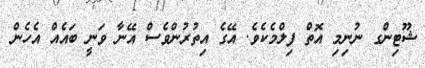
ޝޫޓިންގ ނުނިމި އޮތް ފިލްމެކެވެ. އޭގެ އިތުރުންވެސް އޭނާ ވަނީ ބައެއް އެހެން